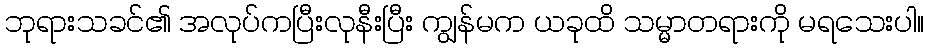
ဘုရားသခင်၏ အလုပ်ကပြီးလုနီးပြီး ကျွန်မက ယခုထိ သမ္မာတရားကို မရသေးပါ။